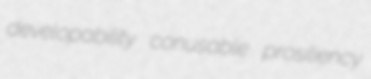
developability conusable prosiliency